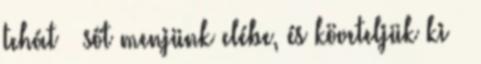
tehát – sőt menjünk elébe, és követeljük ki –